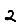
Digit: 2